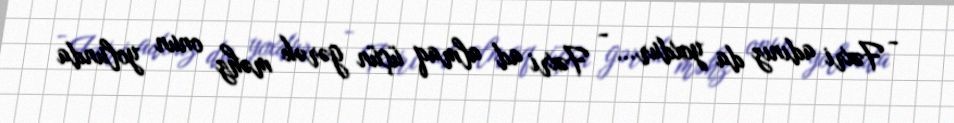
- Fəxri adınız da yoxdur... - Fəxri ad almaq üçün gərək məhz onun yolunda